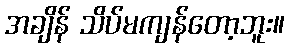
အချိန် သိပ်မကျန်တော့ဘူး။